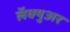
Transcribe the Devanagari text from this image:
लॅक्युअर